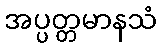
အပ္ပတ္တမာနသံ